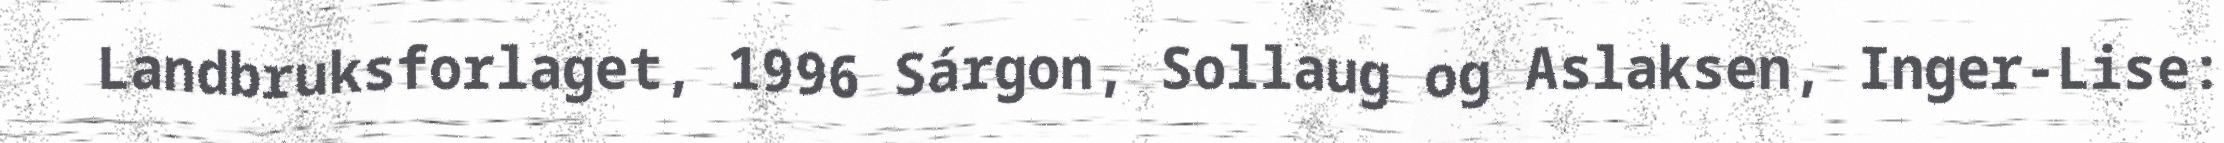
Landbruksforlaget, 1996 Sárgon, Sollaug og Aslaksen, Inger-Lise: